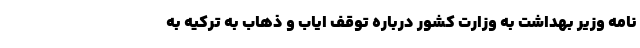
نامه وزیر بهداشت به وزارت کشور درباره توقف ایاب و ذهاب به ترکیه به